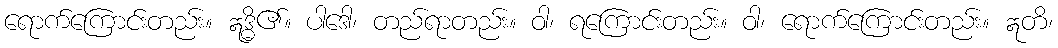
ရောက်ကြောင်းတည်း။ ဣဒ္ဓိ၏။ ပါဒေါ၊ တည်ရာတည်း။ ဝါ၊ ရကြောင်းတည်း။ ဝါ၊ ရောက်ကြောင်းတည်း။ ဣတိ၊